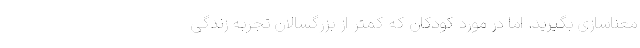
معناسازی بگیرید. اما در مورد کودکان که کمتر از بزرگسالان تجربه زندگی